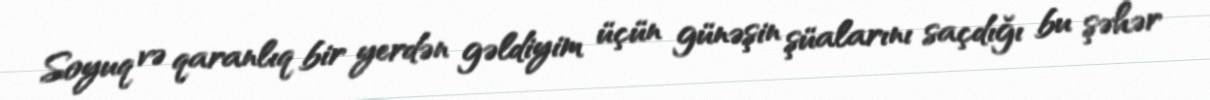
Soyuq və qaranlıq bir yerdən gəldiyim üçün günəşin şüalarını saçdığı bu şəhər